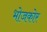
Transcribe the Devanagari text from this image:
भोजकोर